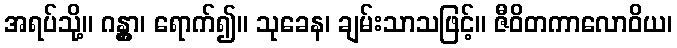
အရပ်သို့။ ဂန္တွာ၊ ရောက်၍။ သုခေန၊ ချမ်းသာသဖြင့်။ ဇီဝိတကာလောဝိယ၊